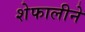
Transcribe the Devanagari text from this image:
शेफालीने